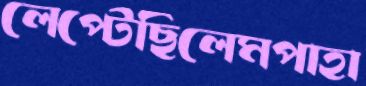
লেপ্‌টেছিলেমপাহা